Scottish Leaving Certificate Examination, 1961
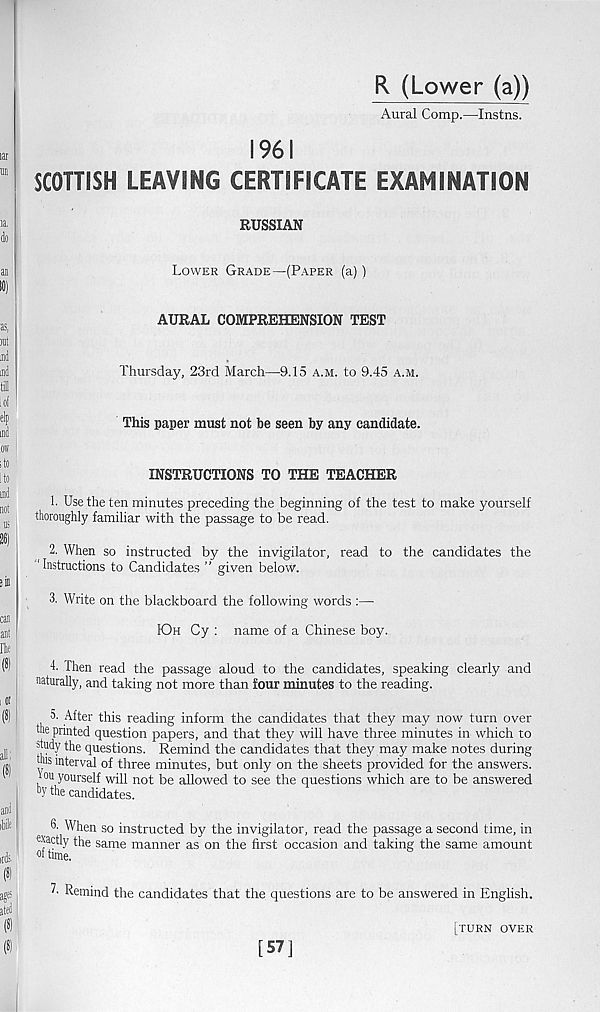
R (Lower (a))
Aural Comp.—Instns.
1961
SCOTTISH LEAVING CERTIFICATE EXAMINATION
RUSSIAN
Lower Grade—(Paper (a))
AURAL COMPREHENSION TEST
Thursday, 23rd March—9.15 a.m. to 9.45 a.m.
This paper must not be seen by any candidate.
INSTRUCTIONS TO THE TEACHER
1. Use the ten minutes preceding the beginning of the test to make yourself
thoroughly familiar with the passage to be read.
2. When so instructed by the invigilator, read to the candidates the
‘Instructions to Candidates ” given below.
3. Write on the blackboard the following words :—
KDh Cy : name of a Chinese boy.
U Then read the passage aloud to the candidates, speaking clearly and
naturally, and taking not more than four minutes to the reading.
5. After this reading inform the candidates that they may now turn over
the printed question papers, and that they will have three minutes in which to
study the questions. Remind the candidates that they may make notes during
this interval of three minutes, but only on the sheets provided for the answers,
t cm yourself will not be allowed to see the questions which are to be answered
b Y the candidates.
3- When so instructed by the invigilator, read the passage a second time, in
exactly the same manner as on the first occasion and taking the same amount
«f time.
Remind the candidates that the questions are to be answered in English.
[turn over
[57]